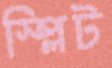
স্প্লিট